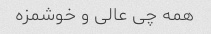
همه چی عالی و خوشمزه